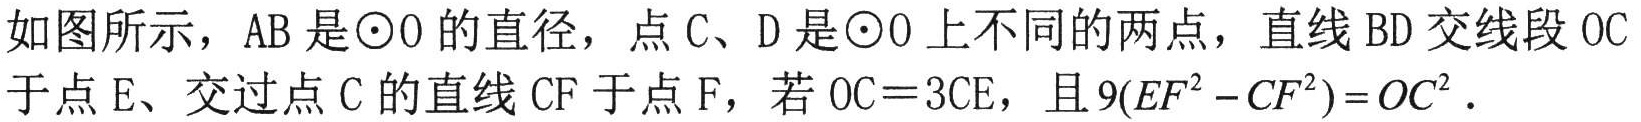
如图所示，\(AB\)是\(\odot O\)的直径，点\(C\)、\(D\)是\(\odot O\)上不同的两点，直线\(BD\)交线段\(OC\)于点\(E\)、交过点\(C\)的直线\(CF\)于点\(F\)，若\(OC = 3CE\)，且\(9(EF^{2}-CF^{2})=OC^{2}\)．